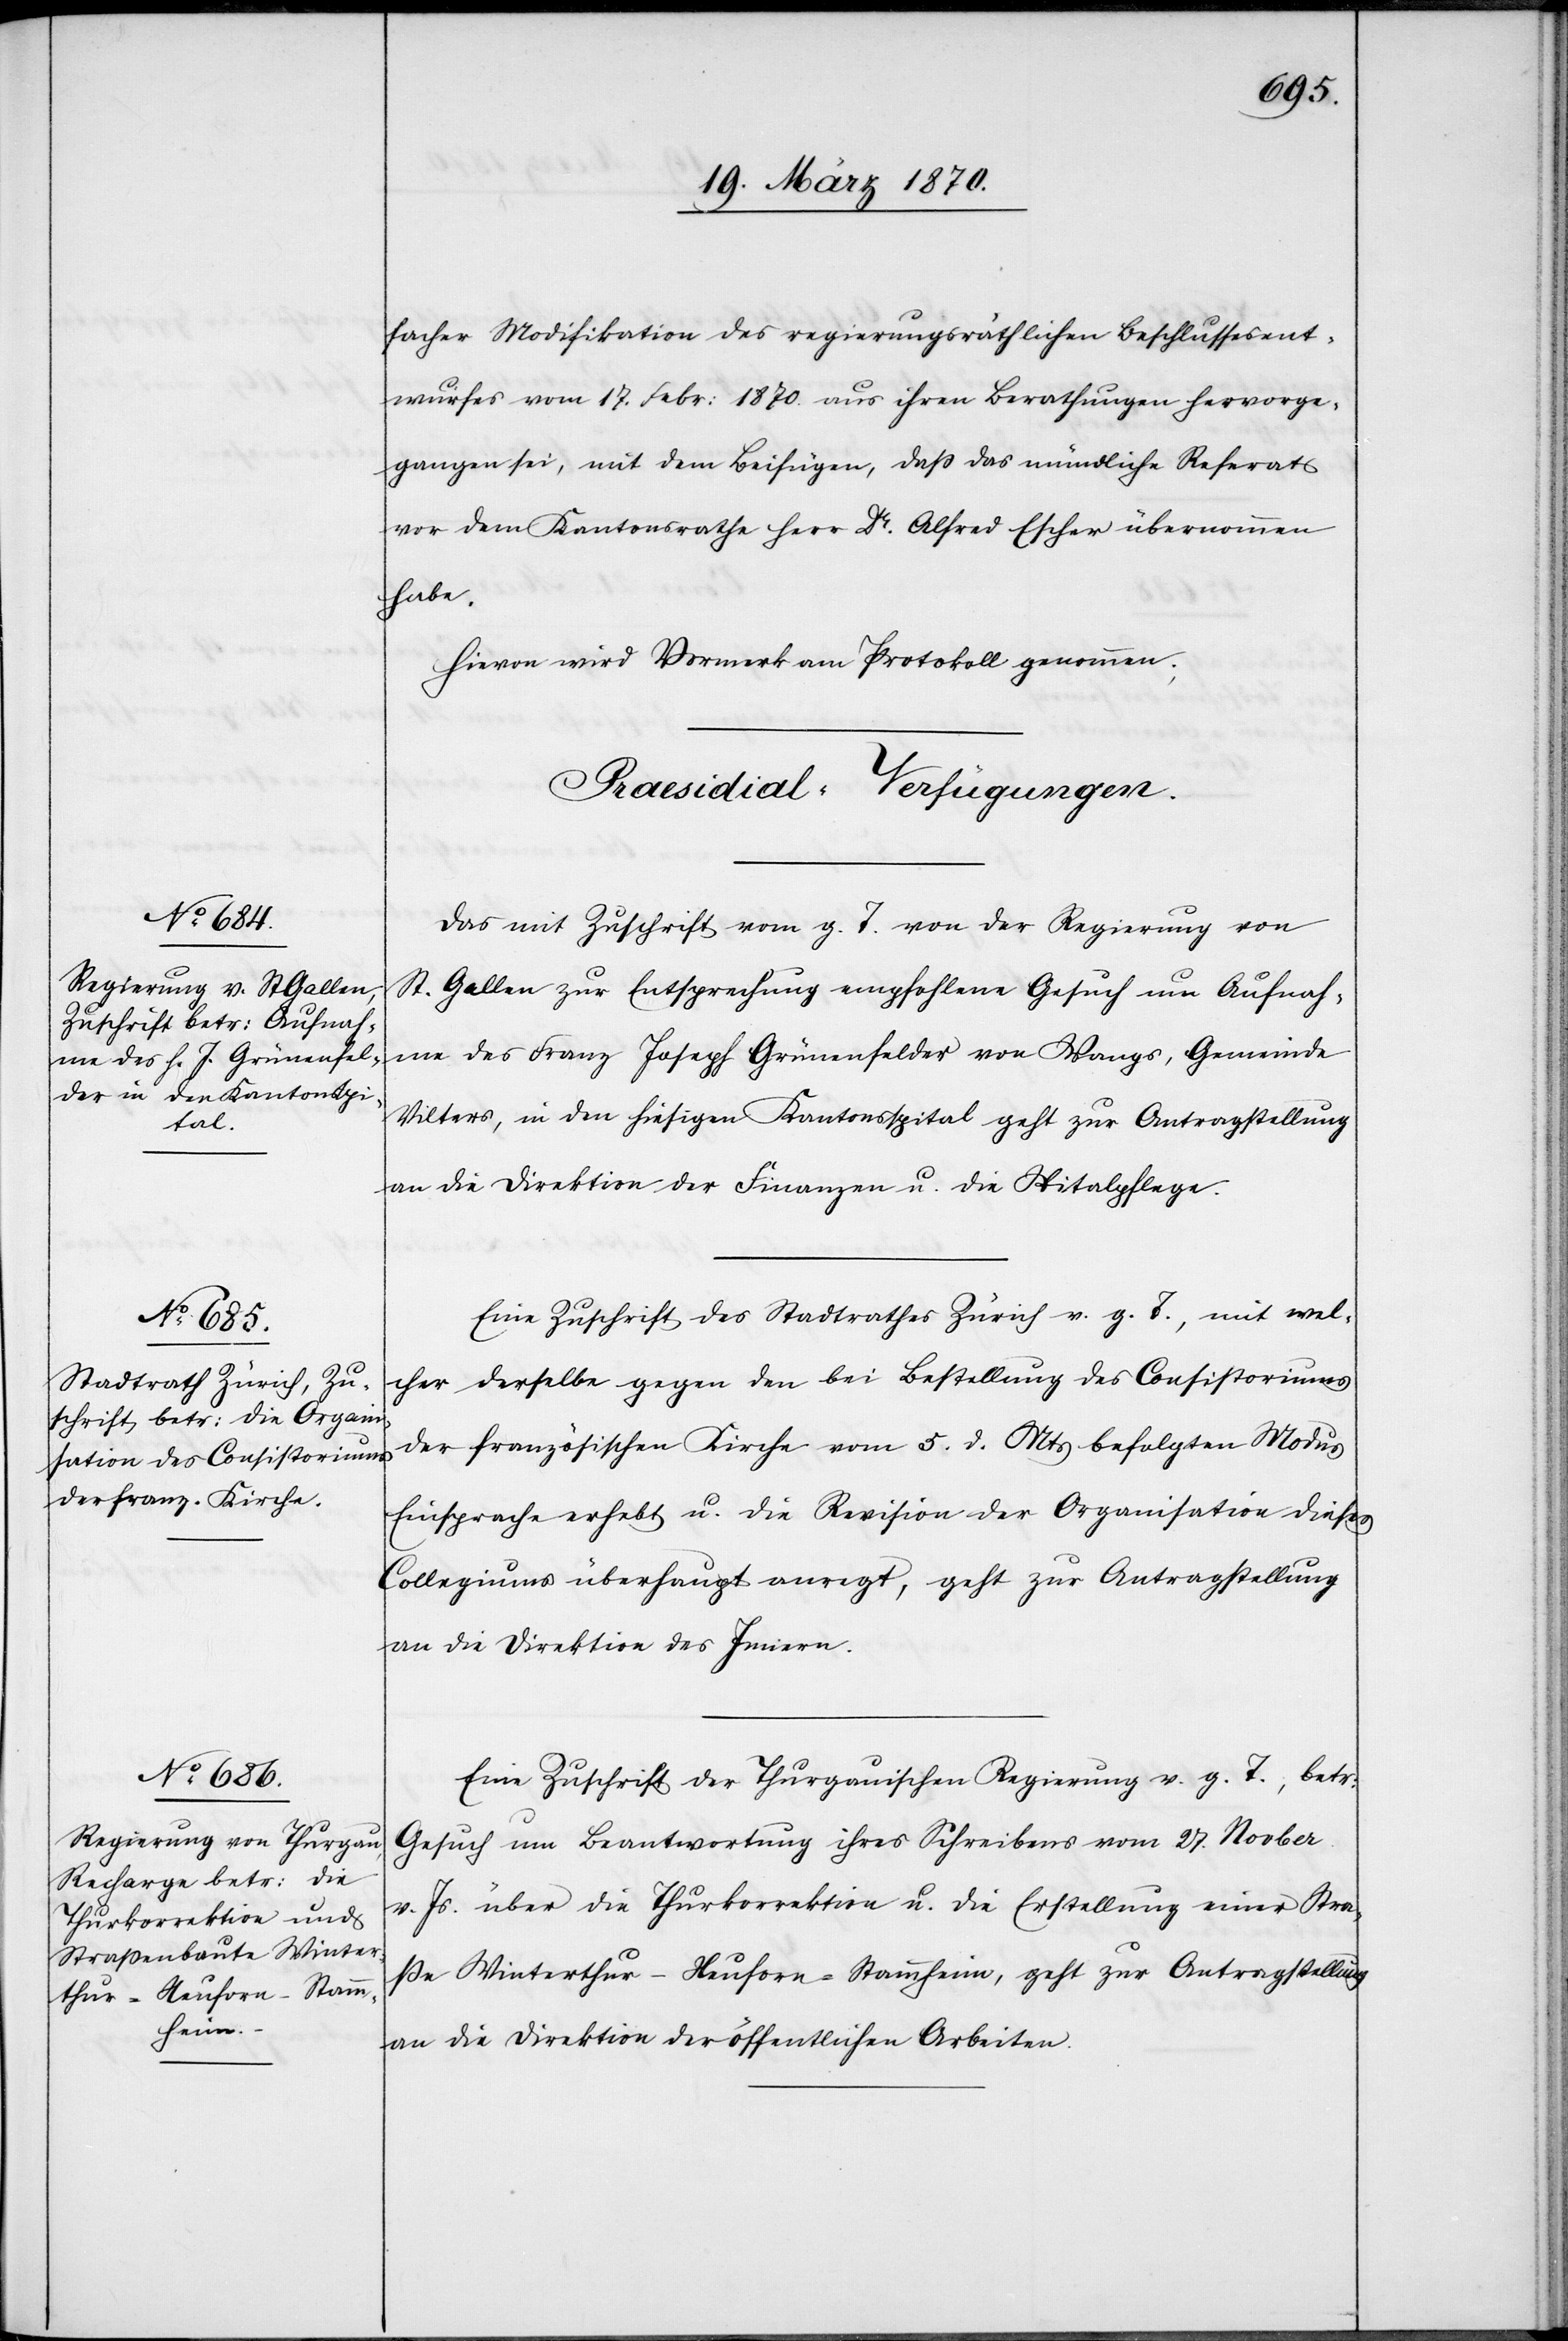
19. März 1870]
facher Modifikation des regierungsräthlichen Beschlussesent¬
wurfes vom 17. Febr: 1870. aus ihren Berathungen hervorge¬
gangen sei, mit dem Beifügen, daß das mündliche Referat
vor dem Kantonsrathe Herr Dr. Alfred Escher übernommen
habe.
Hievon wird Vormerk am Protokoll genommen.
[Praesidial-Verfügungen.
Das mit Zuschrift vom g. T. von der Regierung von
St. Gallen zur Entsprechung empfohlene Gesuch um Aufnah¬
me des Franz Joseph Grünenfelder von Wangs, Gemeinde
Vilters, in den hiesigen Kantonsspital geht zur Antragstellung
an die Direktion der Finanzen u. die Spitalpflege.
Eine Zuschrift des Stadtrathes Zürich v. g. T., mit wel¬
cher derselbe gegen den bei Bestellung des Consistoriums
der französischen Kirche vom 5. d. Mts befolgten Modus
Einsprache erhebt u. die Revision der Organisation dieses
Collegiums überhaupt anregt, geht zur Antragstellung
an die Direktion des Innern.
Eine Zuschrift der Thurgauischen Regierung v. g. T., betr:
Gesuch um Beantwortung ihres Schreibens vom 27. Novber
v. Js. über die Thurkorrektion u. die Erstellung einer Stra¬
ße Winterthur–Neuforn–Stammheim, geht zur Antragstellung
an die Direktion der öffentlichen Arbeiten.